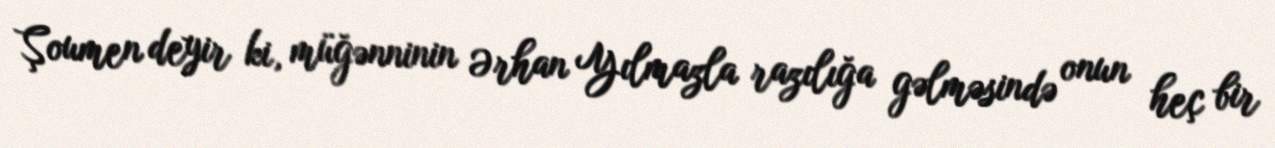
Şoumen deyir ki, müğənninin Ərhan Yılmazla razılığa gəlməsində onun heç bir